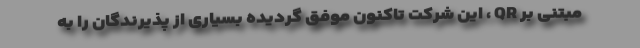
مبتنی بر QR ، این شرکت تاکنون موفق گردیده بسیاری از پذیرندگان را به